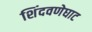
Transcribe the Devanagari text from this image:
शिंदवणेघाट